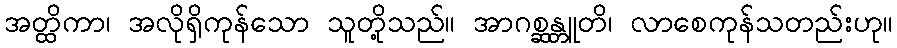
အတ္ထိကာ၊ အလိုရှိကုန်သော သူတို့သည်။ အာဂစ္ဆန္တူတိ၊ လာစေကုန်သတည်းဟု။